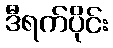
ဒီရက်ပိုင်း